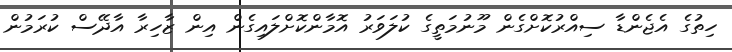
ހިތުގެ އެޖެންޑާ ސިއްރުކޮށްގެން މޫނުމަތީގެ ކުލަވަރު އޮމާންކޮށްލައިގެން އިން ޒާހިރާ އާދޭސް ކުރަމުން